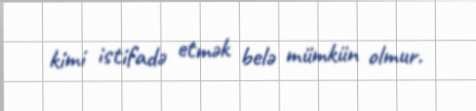
kimi istifadə etmək belə mümkün olmur.